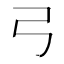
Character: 弓